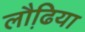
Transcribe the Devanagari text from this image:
लौढि़या